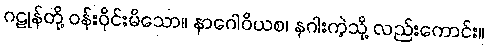
ဂဠုန်တို့ ဝန်းဝိုင်းမိသော။ နာဂေါဝိယစ၊ နဂါးကဲ့သို့ လည်းကောင်း။